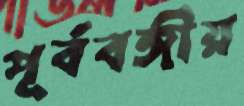
পূর্ববঙ্গীয়